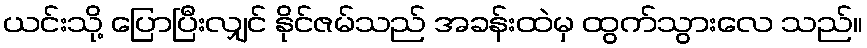
ယင်းသို့ ပြောပြီးလျှင် နိုင်ဇမ်သည် အခန်းထဲမှ ထွက်သွားလေ သည်။